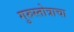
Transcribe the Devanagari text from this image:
गुरुस्तोत्राचा